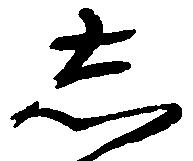
志